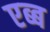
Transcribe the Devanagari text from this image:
एब्ब